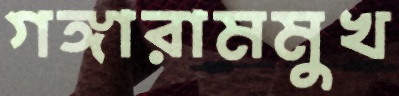
গঙ্গারামমুখ